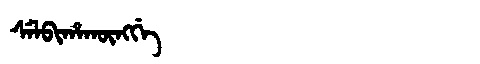
Manchu: ᠰᡝᠯᠪᡳᡥᠠᡴᡡᠩᡤᡝ
Romanization: SELBIHAKŪNGGE